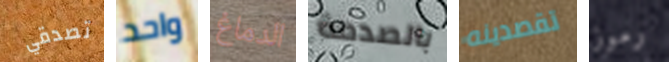
تصدقي واحد الدماغ بالصدمة تقصدينه رموز